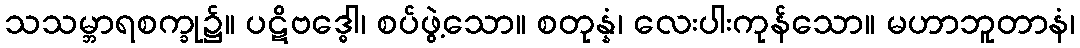
သသမ္ဘာရစက္ခု၌။ ပဋိဗဒ္ဓေါ၊ စပ်ဖွဲ့သော။ စတုန္နံ၊ လေးပါးကုန်သော။ မဟာဘူတာနံ၊